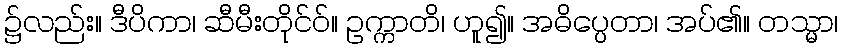
၌လည်း။ ဒီပိကာ၊ ဆီမီးတိုင်ဝ်။ ဥက္ကာတိ၊ ဟူ၍။ အဓိပ္ပေတာ၊ အပ်၏။ တသ္မာ၊